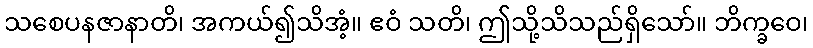
သစေပနဇာနာတိ၊ အကယ်၍သိအံ့။ ဧဝံ သတိ၊ ဤသို့သိသည်ရှိသော်။ ဘိက္ခဝေ၊